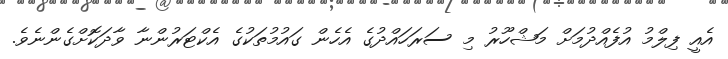
އެއީ ފިލްމު އުފެއްދުމަށް މަޝްހޫރު މި ސަރަހައްދުގެ އެހެން ގައުމުތަކުގެ އެކްޓަރުންނާ ވާދަކޮށްގެންނެވެ.